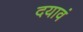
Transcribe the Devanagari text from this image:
दयावं